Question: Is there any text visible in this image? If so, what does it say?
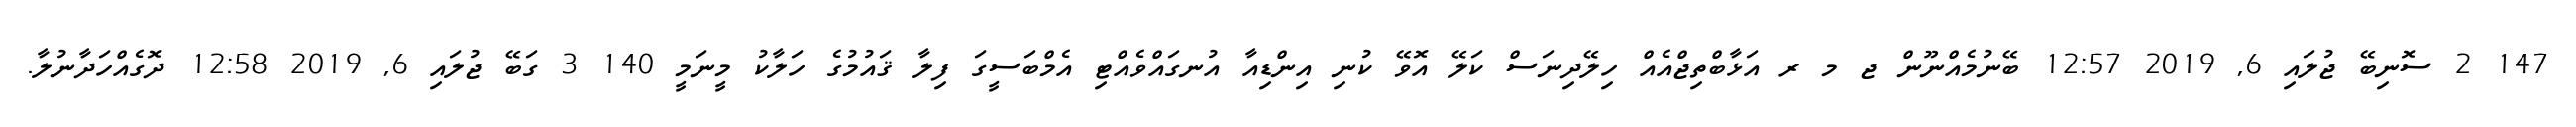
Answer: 147 2 ސޮނިބޭ ޖުލައި 6, 2019 12:57 ބޭނުމެއްނޫން ޖ މ ރ އަޅާބްތިޖްއެއް ހިލޭދިނަސް ކަލޭ އޮވޭ ކުނި އިންޑިއާ އުނގައްވެއްޓި އެމްބަސީގަ ފިލާ ޤައުމުގެ ހަލާކު މީނަމީ 140 3 ގަބޭ ޖުލައި 6, 2019 12:58 ދޮގެއްހަދާނުލާ.